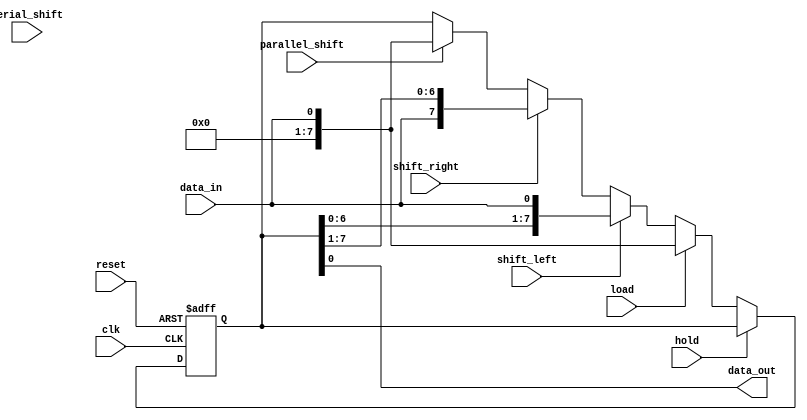
module UniversalShiftRegister (
    input wire clk,
    input wire reset,
    input wire shift_left,
    input wire shift_right,
    input wire parallel_shift,
    input wire serial_shift,
    input wire load,
    input wire hold,
    input wire data_in,
    output wire data_out
);

reg [7:0] shift_reg;

always @(posedge clk or posedge reset) begin
    if (reset)
         shift_reg <= 8'b0;
    else begin
        if (shift_left) // Shift left
            shift_reg <= {shift_reg[6:0], data_in};
        else if (shift_right) // Shift right
            shift_reg <= {data_in, shift_reg[7:1]};
        else if (parallel_shift) // Parallel shift
            shift_reg <= data_in;
        else if (serial_shift) // Serial shift
            shift_reg <= shift_reg;
        
        if (load) // Load data
            shift_reg <= data_in;
        
        if (hold) // Hold data
            shift_reg <= shift_reg;
    end
end

assign data_out = shift_reg;

endmodule